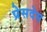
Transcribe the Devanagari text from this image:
प्रेसदेस